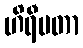
ဟိရီမတာ